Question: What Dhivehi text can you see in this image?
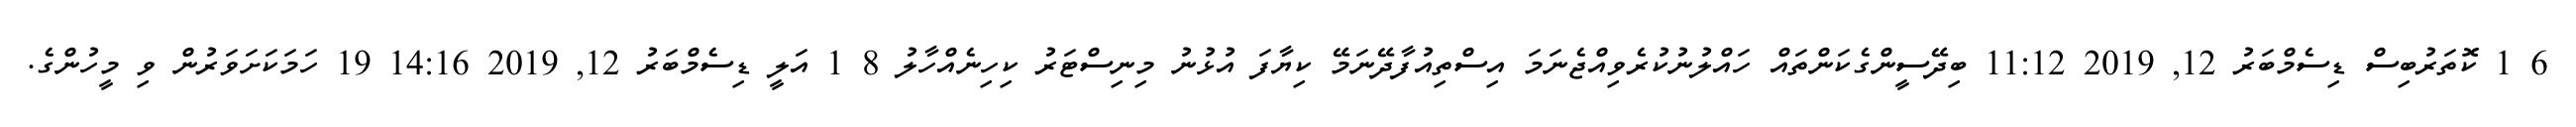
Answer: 6 1 ކޮތަރުބިސް ޑިސެމްބަރު 12, 2019 11:12 ބިދޭސީންގެކަންތައް ހައްލުނުކުރެވިއްޖެނަމަ އިސްތިއުފާދޭނަމޭ ކިޔާފަ އުޅުނު މިނިސްޓަރު ކިހިނެއްހާލު 8 1 އަލީ ޑިސެމްބަރު 12, 2019 14:16 19 ހަމަކަށަވަރުން ވި މީހުންގެ.